Civil Veterinary Dept. Bombay admin report 1914-1922 - 1914-1922
Year: 1914
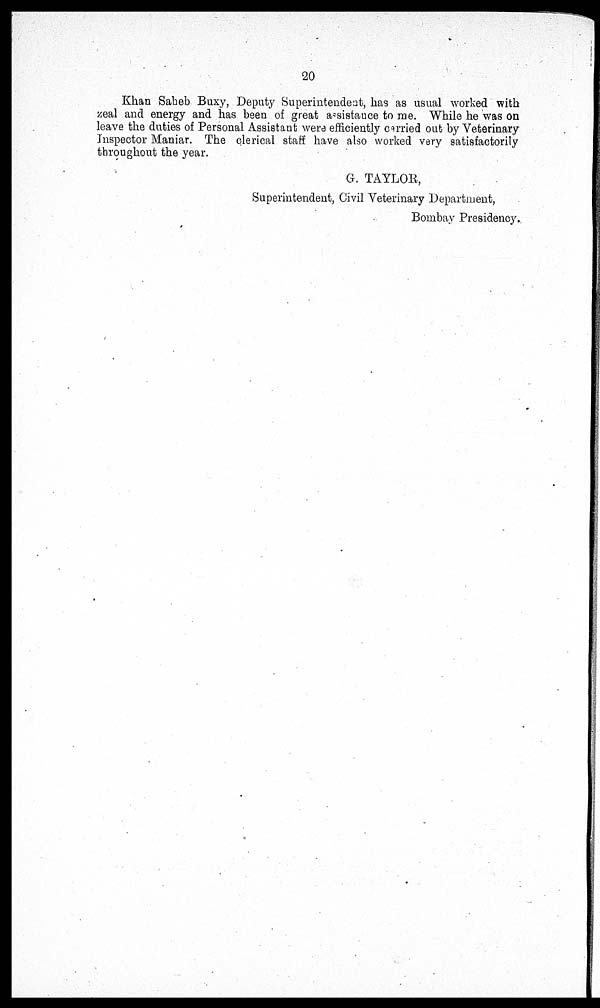
20
Khan Saheb Buxy, Deputy Superintendent, has as usual worked with
zeal and energy and has been of great assistance to me. While he was on
leave the duties of Personal Assistant were efficiently carried out by Veterinary
Inspector Maniar. The clerical staff have also worked very satisfactorily
throughout the year.
G. TAYLOR,
Superintendent, Civil Veterinary Department,
Bombay Presidency.